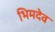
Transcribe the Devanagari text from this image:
भिमदेव